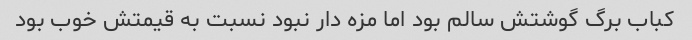
کباب برگ گوشتش سالم بود اما مزه دار نبود نسبت به قیمتش خوب بود